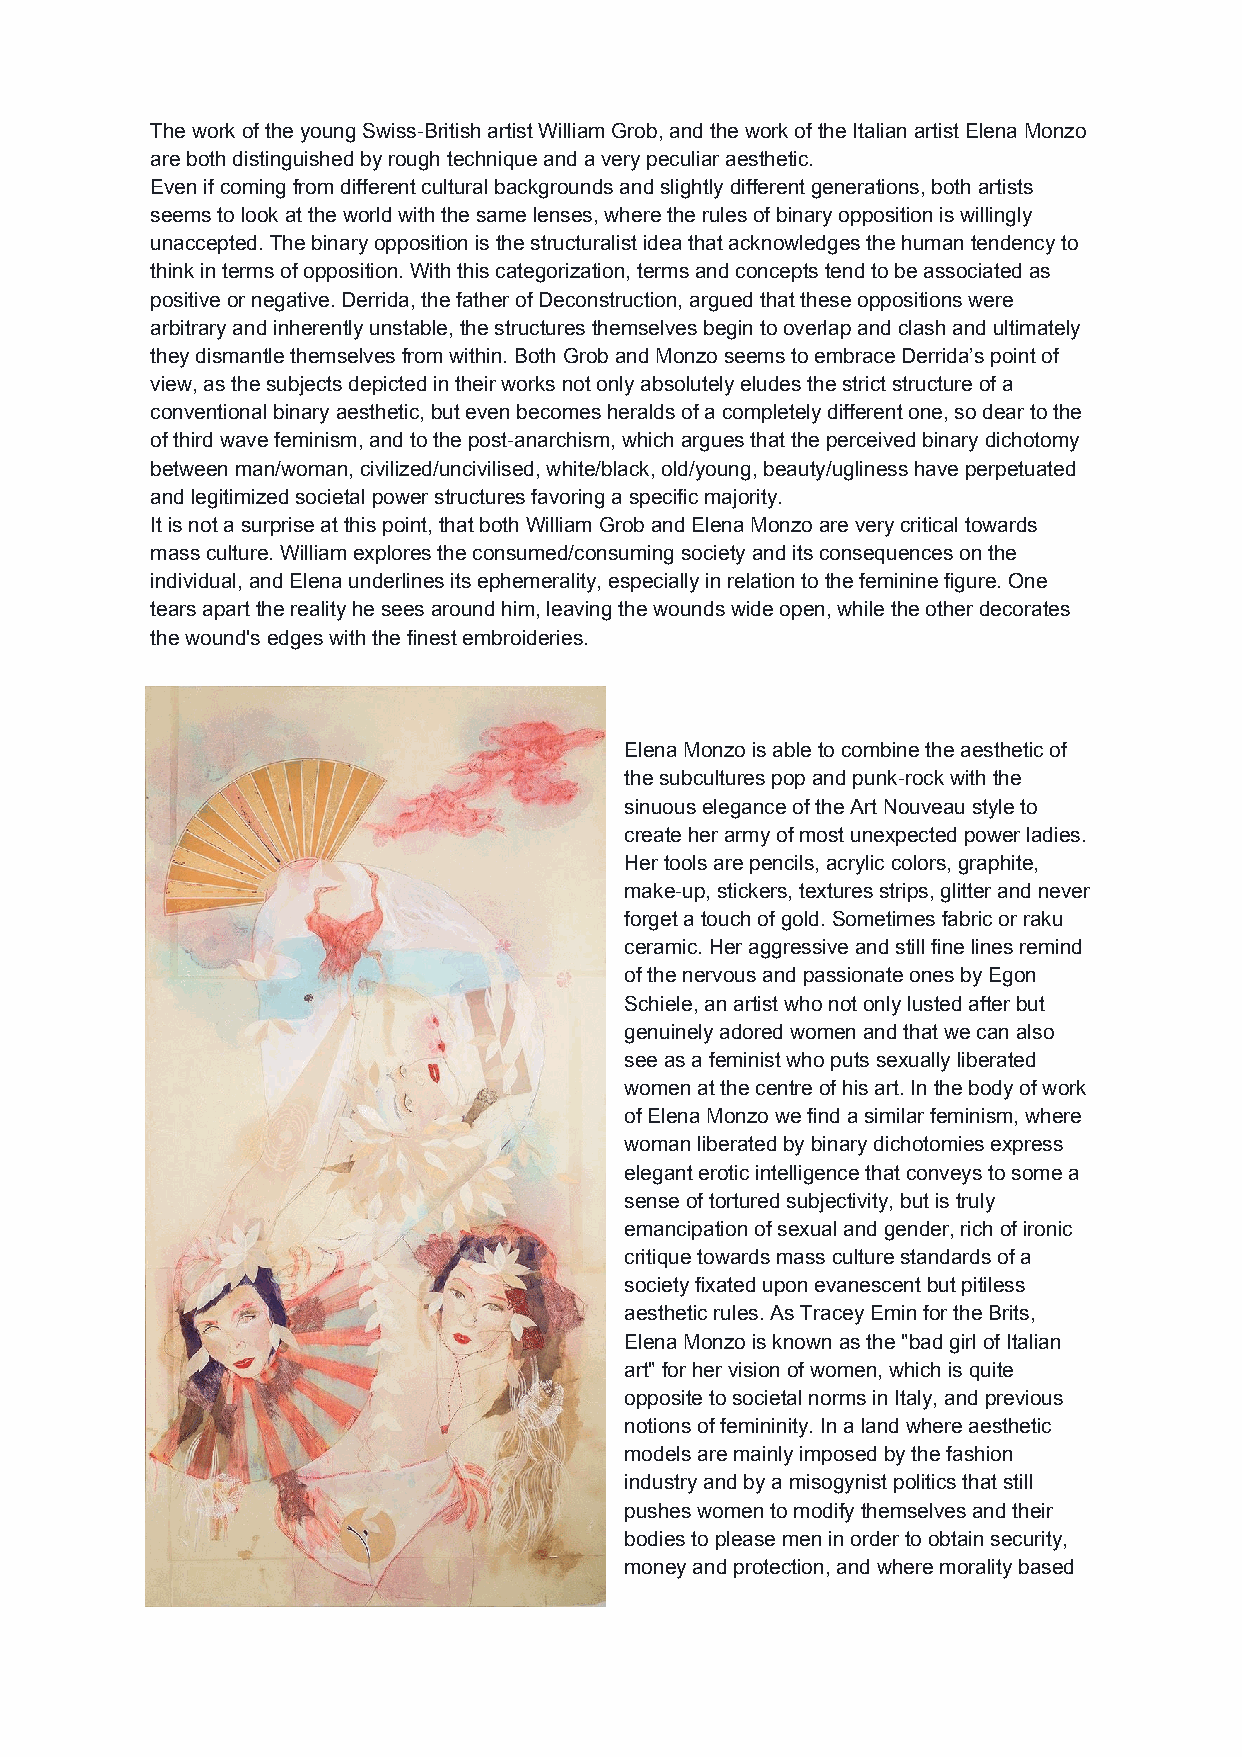
The work of the young Swiss-British artist William Grob, and the work of the Italian artist Elena Monzo
 are both distinguished by rough technique and a very peculiar aesthetic.
 Even if coming from different cultural backgrounds and slightly different generations, both artists
 seems to look at the world with the same lenses, where the rules of binary opposition is willingly
 unaccepted. The binary opposition is the structuralist idea that acknowledges the human tendency to
 think in terms of opposition. With this categorization, terms and concepts tend to be associated as
 positive or negative. Derrida, the father of Deconstruction, argued that these oppositions were
 arbitrary and inherently unstable, the structures themselves begin to overlap and clash and ultimately
 they dismantle themselves from within. Both Grob and Monzo seems to embrace Derrida’s point of
 view, as the subjects depicted in their works not only absolutely eludes the strict structure of a
 conventional binary aesthetic, but even becomes heralds of a completely different one, so dear to the
 of third wave feminism, and to the post-anarchism, which argues that the perceived binary dichotomy
 between man/woman, civilized/uncivilised, white/black, old/young, beauty/ugliness have perpetuated
 and legitimized societal power structures favoring a specific majority.
 It is not a surprise at this point, that both William Grob and Elena Monzo are very critical towards
 mass culture. William explores the consumed/consuming society and its consequences on the
 individual, and Elena underlines its ephemerality, especially in relation to the feminine figure. One
 tears apart the reality he sees around him, leaving the wounds wide open, while the other decorates
 the wound's edges with the finest embroideries.
 Elena Monzo is able to combine the aesthetic of
 the subcultures pop and punk-rock with the
 sinuous elegance of the Art Nouveau style to
 create her army of most unexpected power ladies.
 Her tools are pencils, acrylic colors, graphite,
 make-up, stickers, textures strips, glitter and never
 forget a touch of gold. Sometimes fabric or raku
 ceramic. Her aggressive and still fine lines remind
 of the nervous and passionate ones by Egon
 Schiele, an artist who not only lusted after but
 genuinely adored women and that we can also
 see as a feminist who puts sexually liberated
 women at the centre of his art. In the body of work
 of Elena Monzo we find a similar feminism, where
 woman liberated by binary dichotomies express
 elegant erotic intelligence that conveys to some a
 sense of tortured subjectivity, but is truly
 emancipation of sexual and gender, rich of ironic
 critique towards mass culture standards of a
 society fixated upon evanescent but pitiless
 aesthetic rules. As Tracey Emin for the Brits,
 Elena Monzo is known as the "bad girl of Italian
 art" for her vision of women, which is quite
 opposite to societal norms in Italy, and previous
 notions of femininity. In a land where aesthetic
 models are mainly imposed by the fashion
 industry and by a misogynist politics that still
 pushes women to modify themselves and their
 bodies to please men in order to obtain security,
 money and protection, and where morality based